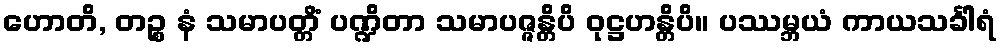
ဟောတိ, တဉ္စ နံ သမာပတ္တိံ ပဏ္ဍိတာ သမာပဇ္ဇန္တိပိ ဝုဋ္ဌဟန္တိပိ။ ပဿမ္ဘယံ ကာယသင်္ခါရံ